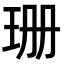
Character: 珊